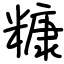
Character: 糠